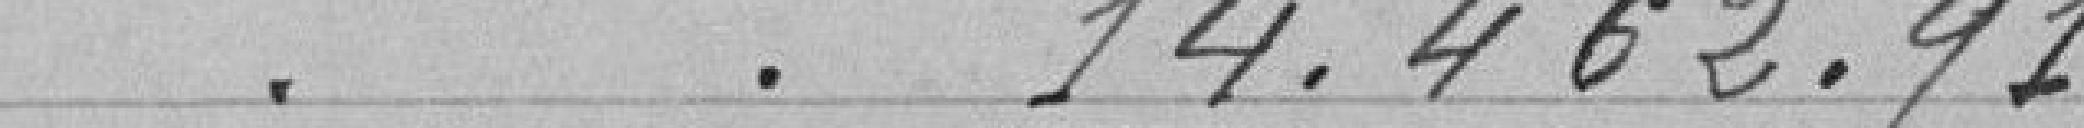
14.462,91